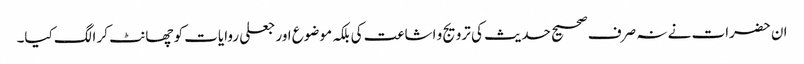
ان حضرات نے نہ صرف صحیح حدیث کی ترویج و اشاعت کی بلکہ موضوع اور جعلی روایات کو چھانٹ کر الگ کیا۔